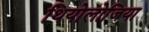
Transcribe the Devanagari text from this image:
थियोलोजिया